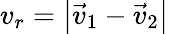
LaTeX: v_{r}=\left|\vec{v}_{1}-\vec{v}_{2}\right|